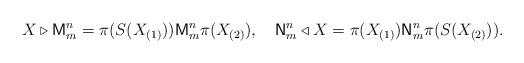
LaTeX: \begin{align*}X\triangleright\mathsf{M}_{m}^{n}=\pi(S(X_{(1)}))\mathsf{M}_{m}^{n}\pi(X_{(2)}),\quad\mathsf{N}_{m}^{n}\triangleleft X=\pi(X_{(1)})\mathsf{N}_{m}^{n}\pi(S(X_{(2)})).\end{align*}